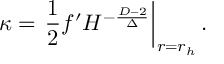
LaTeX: \kappa = \left. { \frac { 1 } { 2 } } f ^ { \prime } H ^ { - { \frac { D - 2 } { \Delta } } } \right| _ { r = r _ { h } } .